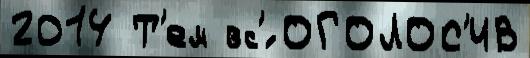
2014 Т'ем вс'́ ОГОЛОС'ИВ